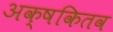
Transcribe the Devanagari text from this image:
अक्षकितव